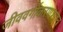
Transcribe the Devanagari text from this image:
जीववर्गीकरणशास्त्र